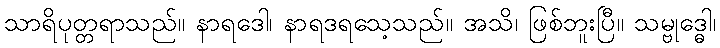
သာရိပုတ္တရာသည်။ နာရဒေါ၊ နာရဒရသေ့သည်။ အသိ၊ ဖြစ်ဘူးပြီ။ သမ္ဗုဒ္ဓေါ၊